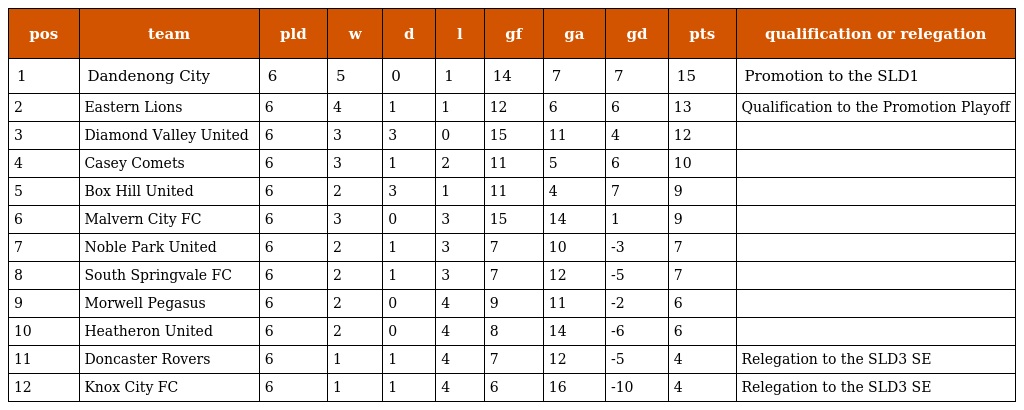
| pos | team | pld | w | d | l | gf | ga | gd | pts | qualification or relegation |
 | --- | --- | --- | --- | --- | --- | --- | --- | --- | --- | --- |
 | 1 | Dandenong City | 6 | 5 | 0 | 1 | 14 | 7 | 7 | 15 | Promotion to the SLD1 |
 | 2 | Eastern Lions | 6 | 4 | 1 | 1 | 12 | 6 | 6 | 13 | Qualification to the Promotion Playoff |
 | 3 | Diamond Valley United | 6 | 3 | 3 | 0 | 15 | 11 | 4 | 12 |  |
 | 4 | Casey Comets | 6 | 3 | 1 | 2 | 11 | 5 | 6 | 10 |  |
 | 5 | Box Hill United | 6 | 2 | 3 | 1 | 11 | 4 | 7 | 9 |  |
 | 6 | Malvern City FC | 6 | 3 | 0 | 3 | 15 | 14 | 1 | 9 |  |
 | 7 | Noble Park United | 6 | 2 | 1 | 3 | 7 | 10 | -3 | 7 |  |
 | 8 | South Springvale FC | 6 | 2 | 1 | 3 | 7 | 12 | -5 | 7 |  |
 | 9 | Morwell Pegasus | 6 | 2 | 0 | 4 | 9 | 11 | -2 | 6 |  |
 | 10 | Heatheron United | 6 | 2 | 0 | 4 | 8 | 14 | -6 | 6 |  |
 | 11 | Doncaster Rovers | 6 | 1 | 1 | 4 | 7 | 12 | -5 | 4 | Relegation to the SLD3 SE |
 | 12 | Knox City FC | 6 | 1 | 1 | 4 | 6 | 16 | -10 | 4 | Relegation to the SLD3 SE |